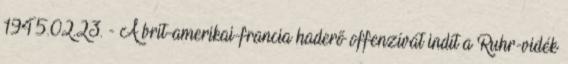
1945.02.23. - A brit-amerikai-francia haderõ offenzívát indít a Ruhr-vidék